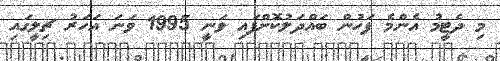
މި ދެޓީމު އެންމެ ފަހުން ބައްދަލުކޮށްފައި ވަނީ 1995 ވަނަ އަހަރު ޗިލީގައި